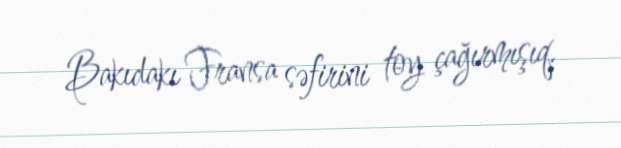
Bakıdakı Fransa səfirini toy çağırmışıq.